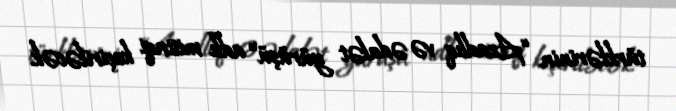
türklərinin “Azadlıq və ədalət yürüşü” adlı mitinqi keçiriləcək.